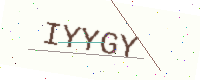
Text: IYYGY